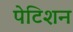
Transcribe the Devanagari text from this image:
पेटिशन